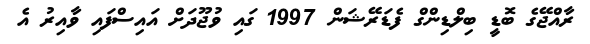
ރާއްޖޭގެ ބޮޑީ ބިލްޑިންގް ފެޑަރޭޝަން 1997 ގައި ވުޖޫދަށް އައިސްފައި ވާއިރު އެ